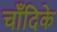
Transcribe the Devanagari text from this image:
चाँदिके